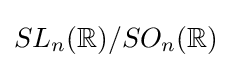
SL_{n}(\mathbb {R} )/SO_{n}(\mathbb {\mathbb {R} } )